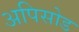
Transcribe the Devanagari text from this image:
अपिसोड